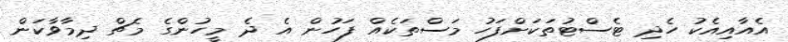
އެއާއިއެކު ހެދި ޓެސްޓުތަކަށްފަހު މަސްތަކެއް ފަހުން އެ ދެ މީހުންގެ މެޗް ދިމާވާކަން